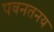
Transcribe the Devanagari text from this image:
पवनतनय